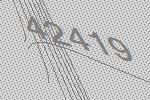
42419